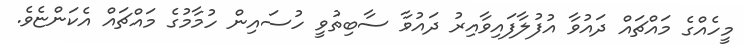
މީހެއްގެ މައްޗައް ދައުވާ އުފުލާފައިވާއިރު ދައުވާ ސާބިތުވީ ހުސައިން ހުމާމުގެ މައްޗައް އެކަންޏެވެ.